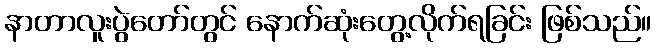
နာတာလူးပွဲတော်တွင် နောက်ဆုံးတွေ့လိုက်ရခြင်း ဖြစ်သည်။